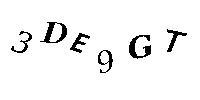
3DE9GT